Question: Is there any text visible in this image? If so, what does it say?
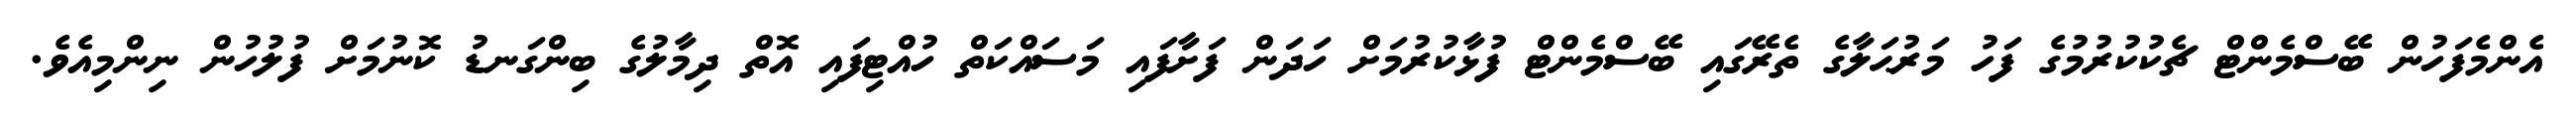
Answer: އެންމެފަހުން ބޭސްމެންޓް ޗެކުކުރުމުގެ ފަހު މަރުޙަލާގެ ތެރޭގައި ބޭސްމެންޓް ފުޅާކުރުމަށް ހަދަން ފަށާފައި މަސައްކަތް ހުއްޓިފައި އޮތް ދިމާލުގެ ބިންގަނޑު ކޮނުމަށް ފުލުހުން ނިންމިއެވެ.